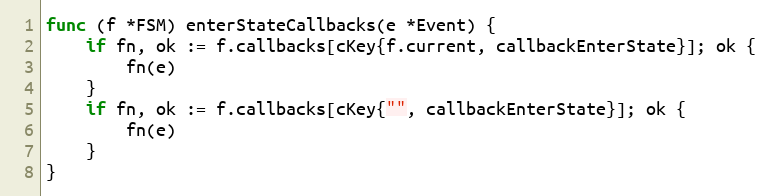
Language: Go
func (f *FSM) enterStateCallbacks(e *Event) {
	if fn, ok := f.callbacks[cKey{f.current, callbackEnterState}]; ok {
		fn(e)
	}
	if fn, ok := f.callbacks[cKey{"", callbackEnterState}]; ok {
		fn(e)
	}
}